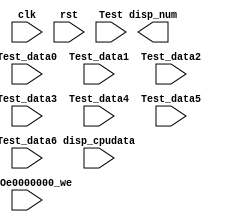
module seven_seg_Dev_IO( input clk,
							input rst,
							input GPIOe0000000_we,
							input [2:0] Test,
							input [31:0] disp_cpudata,
							input [31:0] Test_data0,
							input [31:0] Test_data1,
							input [31:0] Test_data2,
							input [31:0] Test_data3,
							input [31:0] Test_data4,
							input [31:0] Test_data5,
							input [31:0] Test_data6,
							output[31:0] disp_num
						);

endmodule